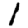
Digit: 1